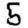
Digit: 5